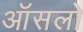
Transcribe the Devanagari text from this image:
ऑसलो